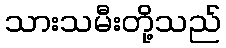
သားသမီးတို့သည်